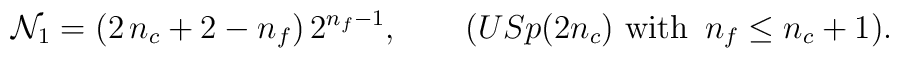
{\cal N}_1 =(2 \, n_c+2-n_f) \, 2^{n_f-1},  \qquad     ( USp(2n_c)   \,\, {\hbox{\rm  with}}  \,\ n_f \le n_c+1).